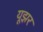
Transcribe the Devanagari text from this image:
यूझर